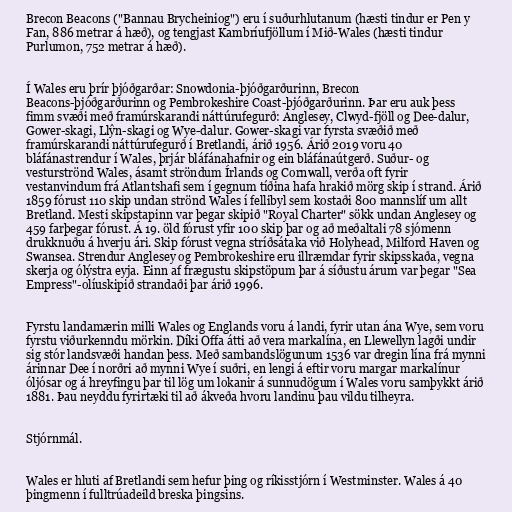
Brecon Beacons ("Bannau Brycheiniog") eru í suðurhlutanum (hæsti tindur er Pen y
Fan, 886 metrar á hæð), og tengjast Kambríufjöllum í Mið-Wales (hæsti tindur
Purlumon, 752 metrar á hæð).

Í Wales eru þrír þjóðgarðar: Snowdonia-þjóðgarðurinn, Brecon
Beacons-þjóðgarðurinn og Pembrokeshire Coast-þjóðgarðurinn. Þar eru auk þess
fimm svæði með framúrskarandi náttúrufegurð: Anglesey, Clwyd-fjöll og Dee-dalur,
Gower-skagi, Llŷn-skagi og Wye-dalur. Gower-skagi var fyrsta svæðið með
framúrskarandi náttúrufegurð í Bretlandi, árið 1956. Árið 2019 voru 40
bláfánastrendur í Wales, þrjár bláfánahafnir og ein bláfánaútgerð. Suður- og
vesturströnd Wales, ásamt ströndum Írlands og Cornwall, verða oft fyrir
vestanvindum frá Atlantshafi sem í gegnum tíðina hafa hrakið mörg skip í strand. Árið
1859 fórust 110 skip undan strönd Wales í fellibyl sem kostaði 800 mannslíf um allt
Bretland. Mesti skipstapinn var þegar skipið "Royal Charter" sökk undan Anglesey og
459 farþegar fórust. Á 19. öld fórust yfir 100 skip þar og að meðaltali 78 sjómenn
drukknuðu á hverju ári. Skip fórust vegna stríðsátaka við Holyhead, Milford Haven og
Swansea. Strendur Anglesey og Pembrokeshire eru illræmdar fyrir skipsskaða, vegna
skerja og ólýstra eyja. Einn af frægustu skipstöpum þar á síðustu árum var þegar "Sea
Empress"-olíuskipið strandaði þar árið 1996.

Fyrstu landamærin milli Wales og Englands voru á landi, fyrir utan ána Wye, sem voru
fyrstu viðurkenndu mörkin. Díki Offa átti að vera markalína, en Llewellyn lagði undir
sig stór landsvæði handan þess. Með sambandslögunum 1536 var dregin lína frá mynni
árinnar Dee í norðri að mynni Wye í suðri, en lengi á eftir voru margar markalínur
óljósar og á hreyfingu þar til lög um lokanir á sunnudögum í Wales voru samþykkt árið
1881. Þau neyddu fyrirtæki til að ákveða hvoru landinu þau vildu tilheyra.

Stjórnmál.

Wales er hluti af Bretlandi sem hefur þing og ríkisstjórn í Westminster. Wales á 40
þingmenn í fulltrúadeild breska þingsins.